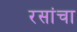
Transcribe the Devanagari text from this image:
रसांचा